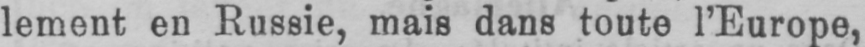
lement en Russie, mais dans toute l’Europe,